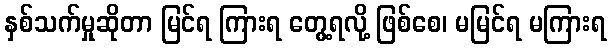
နှစ်သက်မှုဆိုတာ မြင်ရ ကြားရ တွေ့ရလို့ ဖြစ်စေ၊ မမြင်ရ မကြားရ